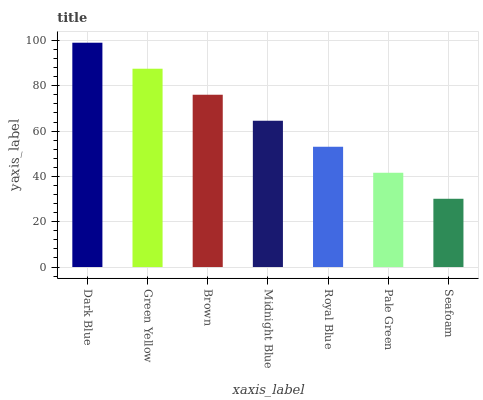
| xaxis_label | bars |
 | --- | --- |
 | Dark Blue | 99 |
 | Green Yellow | 87.5 |
 | Brown | 76 |
 | Midnight Blue | 64.6 |
 | Royal Blue | 53.1 |
 | Pale Green | 41.6 |
 | Seafoam | 30.1 |